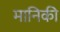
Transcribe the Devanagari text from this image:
मानिकी